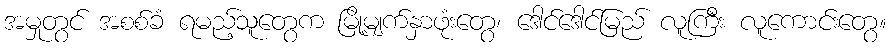
အမှုတွင် အစစ်ခံ ရမည့်သူတွေက မြို့မျက်နှာဖုံးတွေ၊ ဒေါင်ဒေါင်မြည် လူကြီး လူကောင်းတွေ။